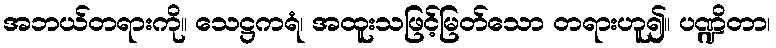
အဘယ်တရားကို။ သေဋ္ဌကရံ၊ အထူးသဖြင့်မြတ်သော တရားဟူ၍။ ပဏ္ဍိတာ၊